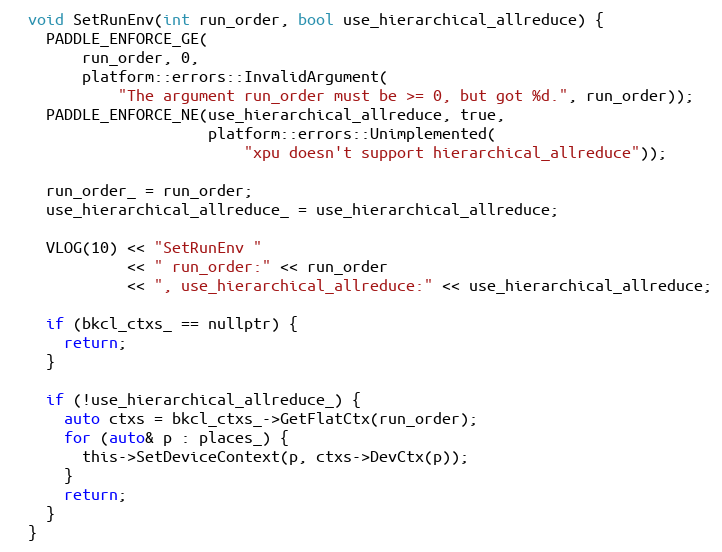
Language: C
  void SetRunEnv(int run_order, bool use_hierarchical_allreduce) {
    PADDLE_ENFORCE_GE(
        run_order, 0,
        platform::errors::InvalidArgument(
            "The argument run_order must be >= 0, but got %d.", run_order));
    PADDLE_ENFORCE_NE(use_hierarchical_allreduce, true,
                      platform::errors::Unimplemented(
                          "xpu doesn't support hierarchical_allreduce"));

    run_order_ = run_order;
    use_hierarchical_allreduce_ = use_hierarchical_allreduce;

    VLOG(10) << "SetRunEnv "
             << " run_order:" << run_order
             << ", use_hierarchical_allreduce:" << use_hierarchical_allreduce;

    if (bkcl_ctxs_ == nullptr) {
      return;
    }

    if (!use_hierarchical_allreduce_) {
      auto ctxs = bkcl_ctxs_->GetFlatCtx(run_order);
      for (auto& p : places_) {
        this->SetDeviceContext(p, ctxs->DevCtx(p));
      }
      return;
    }
  }